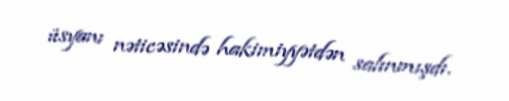
üsyanı nəticəsində hakimiyyətdən salınmışdı.